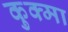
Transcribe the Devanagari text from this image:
कुक्मा